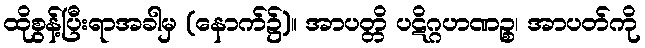
ထိုစွန့်ပြီးရာအခါမှ (နောက်၌)။ အာပတ္တိ ပဋိဂ္ဂဟဏဉ္စ၊ အာပတ်ကို